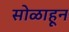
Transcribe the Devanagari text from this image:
सोळाहून